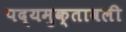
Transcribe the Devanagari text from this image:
पद्यमुक्तावली